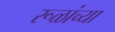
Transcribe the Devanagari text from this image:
रूळांच्या